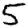
Digit: 5